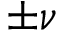
\pm \nu